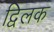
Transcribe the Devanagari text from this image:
द्विलक